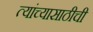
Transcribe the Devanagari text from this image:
त्यांच्यासाठीची